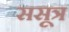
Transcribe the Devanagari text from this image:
ससूत्र